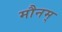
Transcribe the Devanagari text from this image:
मौनम्‌